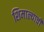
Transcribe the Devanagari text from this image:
शिमाल्याची